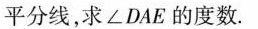
的平分线，求\angle DAE的度数。